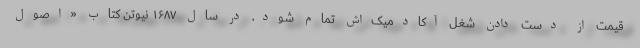
قیمت از دست دادن شغل آکادمیک‌اش تمام شود. در سال ۱۶۸۷ نیوتن کتاب «اصول